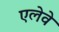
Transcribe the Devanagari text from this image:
एलेवे